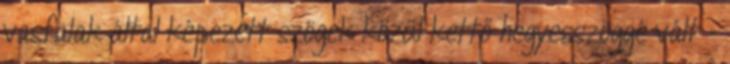
vasfalak által képezett szögek közül kettő hegyesszöggé vált -